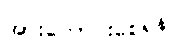
အားကောင်းစေရန်